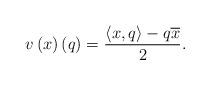
LaTeX: \begin{align*}v\left(x\right)\left(q\right)=\frac{\left<x,q\right>-q\overline{x}}{2}.\end{align*}